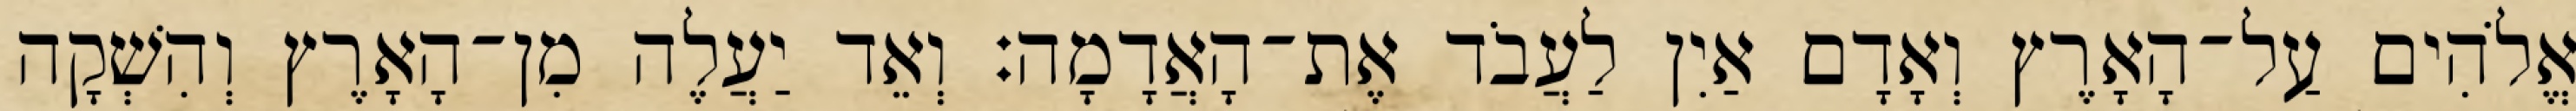
אֱלֹהִים עַל־הָאָרֶץ וְאָדָם אַיִן לַעֲבֹד אֶת־הָאֲדָמָה׃ וְאֵד יַעֲלֶה מִן־הָאָרֶץ וְהִשְׁקָה